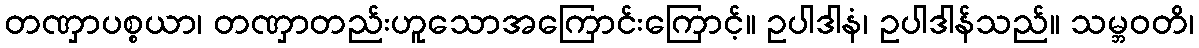
တဏှာပစ္စယာ၊ တဏှာတည်းဟူသောအကြောင်းကြောင့်။ ဥပါဒါနံ၊ ဥပါဒါန်သည်။ သမ္ဘဝတိ၊